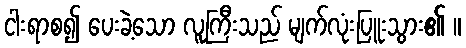
ငါးရာစ၍ ပေးခဲ့သော လူကြီးသည် မျက်လုံးပြူးသွား၏ ။